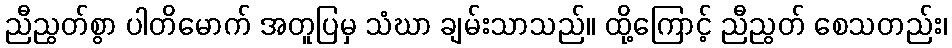
ညီညွတ်စွာ ပါတိမောက် အတူပြမှ သံဃာ ချမ်းသာသည်။ ထို့ကြောင့် ညီညွတ် စေသတည်း၊